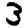
Digit: 3